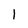
Character: 1